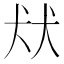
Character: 㹜